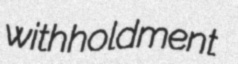
withholdment